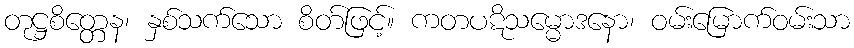
တုဋ္ဌစိတ္တေန၊ နှစ်သက်သော စိတ်ဖြင့်။ ကတပဋိသမ္မောဒနော၊ ဝမ်းမြောက်ဝမ်းသာ